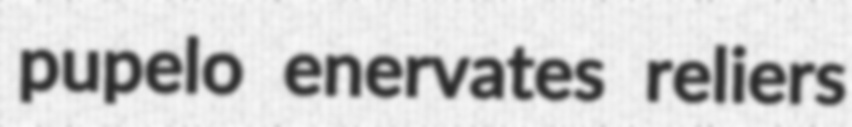
pupelo enervates reliers